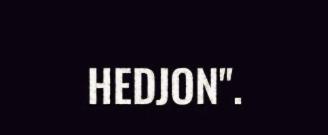
HEDJON".